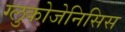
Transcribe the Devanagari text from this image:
ग्लुकोजेनिसिस